Plague in India, 1896, 1897 - Volume 1
Year: 1896
Disease focus: Plague
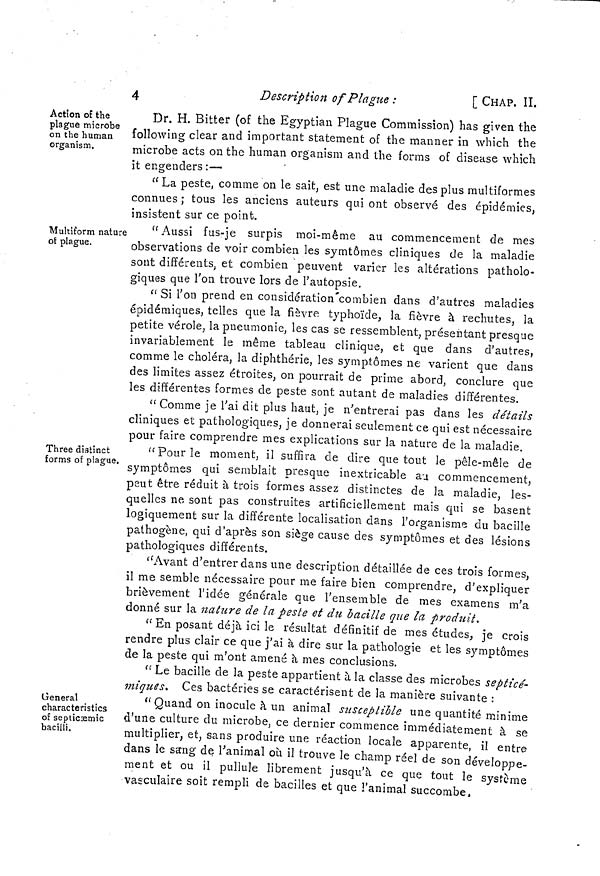
4
Description of Plague :
[ CHAP, II.
Action of the
plague microbe
on the human
organism.
Dr. H. Bitter (of the Egyptian Plague Commission) has given the
following clear and important statement of the manner in which the
microbe acts on the human organism and the forms of disease which
it engenders :—
O
" La peste, comme on le sait, est une maladie des plus multiformes
connues ; tous les anciens auteurs qui ont observé des épidémies,
insistent sur ce point.
Multiform nature
of plague.
"Aussi fus-je surpis moi-même au commencement de mes
observations de voir combien les symtômes cliniques de la maladie
sont différents, et combien peuvent varier les altérations patholo-
giques que l'on trouve lors de l'autopsie.
" Si l'on prend en considération combien dans d'autres maladies
épidémiques, telles que la fièvre typhoïde, la fièvre à rechutes, la
petite vérole, la pneumonie, les cas se ressemblent, présentant presque
invariablement le même tableau clinique, et que dans d'autres,
comme le choléra, la diphthéric, les symptômes ne varient que dans
des limites assez étroites, on pourrait de prime abord, conclure que
les différentes formes de peste sont autant de maladies différentes.
" Comme je l'ai dit plus haut, je n'entrerai pas dans les détails
cliniques et pathologiques, je donnerai seulement ce qui est nécessaire
pour faire comprendre mes explications sur la nature de la maladie.
Three distinct
forms of plague,
"Pour le moment, il suffira de dire que tout le pêle-mêle de
symptômes qui semblait presque inextricable an commencement,
peut être réduit à trois formes assez distinctes de la maladie, les-
quelles ne sont pas construites artificiellement mais qui se basent
logiquement sur la différente localisation dans l'organisme du bacille
pathogène, qui d'après son siège cause des symptômes et des lésions
pathologiques différents.
" Avant d'entrer clans une description détaillée de ces trois formes,
il me semble nécessaire pour me faire bien comprendre, d'expliquer
brièvement l'idée générale que l'ensemble de mes examens m'a
donné sur la nature de la peste et du bacille que la produit.
" En posant déjà ici le résultat définitif de mes études, je crois
rendre plus clair ce que j'ai à dire sur la pathologie et les symptômes
de la peste qui m'ont amené à mes conclusions.
General
characteristics
of septicæmic
bacilli.
" Le bacille de la peste appartient à la classe des microbes sepiicé-
miques. Ces bactéries se caractérisent de la manière suivante :
"Quand on inocule à un animal susceptible une quantité minime
d'une culture du microbe, ce dernier commence immédiatement à se
multiplier, et, sans produire une réaction locale apparente, il entre
dans le sang de l'animal où il trouve le champ réel de son développe-
ment et ou il pullule librement jusqu'à ce que tout le système
vasculaire soit rempli de bacilles et que l'animal succombe,